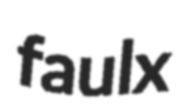
faulx